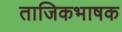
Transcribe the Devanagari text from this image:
ताजिकभाषक